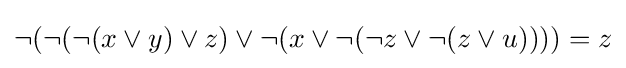
\neg (\neg (\neg (x\lor y)\lor z)\lor \neg (x\lor \neg (\neg z\lor \neg (z\lor u))))=z